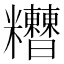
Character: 𥽾